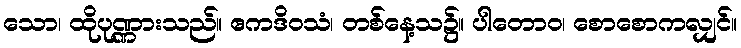
သော၊ ထိုပုဏ္ဏားသည်။ ဧကဒိဝသံ၊ တစ်နေ့သ၌။ ပါတောဝ၊ စောစောကလျှင်။